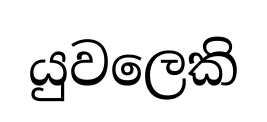
යුවලෙකි